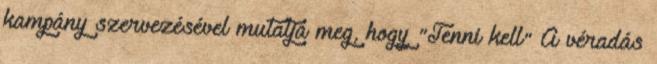
kampány szervezésével mutatja meg, hogy "Tenni kell" A véradás